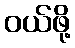
ဝယ်ဖို့